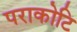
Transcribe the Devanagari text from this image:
पराकोटि